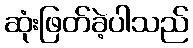
ဆုံးဖြတ်ခဲ့ပါသည်